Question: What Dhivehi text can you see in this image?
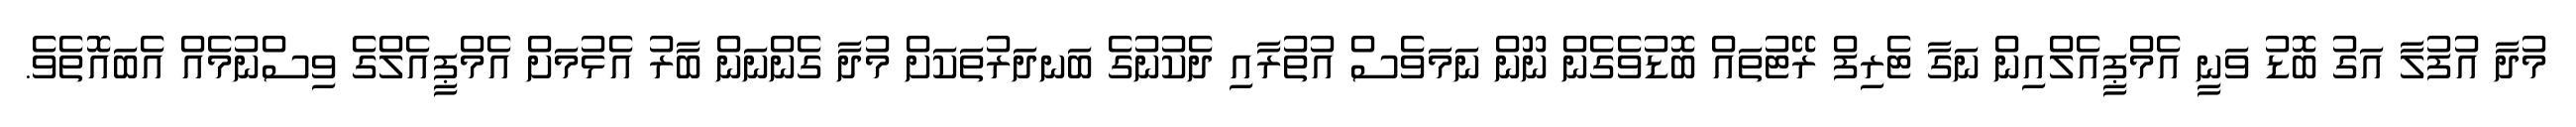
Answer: މުދާ އުފުލާ އަގު ބޮޑު ވަނީ އެމްޕީއެލްއިން ނަގާ ޓެރިފް ރޭޓުތައް ބޮޑުވެގެން ނޫން ނަމަވެސް އުތުރާއި ދެކުނުގެ ބަނދަރުތަކަށް މުދާ ގެންނަން ބާރު އެޅުމަށް އެމްޕީއެލްގެ ވިސްނުމެއް އެބައޮތެވެ.